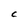
Character: C